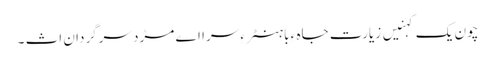
چون یک کہنیں زیارت جاہ ءِ باہنٹر ءِ سرا اے مڑد سرگردان اث ۔